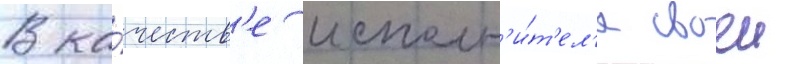
В ка́честв'е исполн'и́т'ел'я своеи